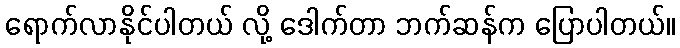
ရောက်လာနိုင်ပါတယ် လို့ ဒေါက်တာ ဘက်ဆန်က ပြောပါတယ်။